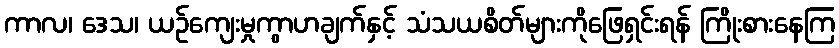
ကာလ၊ ဒေသ၊ ယဉ်ကျေးမှုကွာဟချက်နှင့် သံသယစိတ်များကိုဖြေရှင်းရန် ကြိုးစားနေကြ